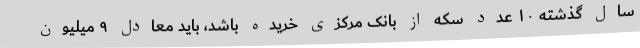
سال گذشته ۱۰ عدد سکه از بانک مرکزی خریده باشد، باید معادل ۹ میلیون